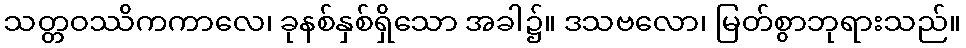
သတ္တဝဿိကကာလေ၊ ခုနစ်နှစ်ရှိသော အခါ၌။ ဒသဗလော၊ မြတ်စွာဘုရားသည်။